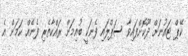
ކޭޕް ޓައުނަށް ދޫކޮށްފައިވާ ސަޕްލައި ފެނަކީ ބުއިމަށް ރައްކާތެރި ފެނެއް ކަމަށް އެ